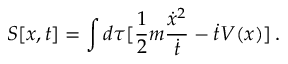
S [ x , t ] = \int d \tau [ \frac { 1 } { 2 } m \frac { \dot { x } ^ { 2 } } { \dot { t } } - \dot { t } V ( x ) ] \, .